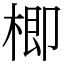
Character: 楖